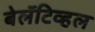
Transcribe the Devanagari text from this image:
बेलॅटिव्हल